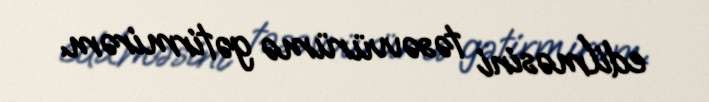
edilməsini təsəvvürümə gətirmirəm.